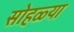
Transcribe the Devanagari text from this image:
सोहळ्या